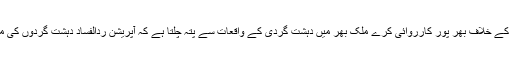
انہوں نے کہا کہ حکومت نیشنل ایکشن پلان پر عملدرآمد کو یقینی بناتے ہوئے کالعدم گروپوں کے خلاف بھر پور کارروائی کرے ملک بھر میں دہشت گردی کے واقعات سے پتہ چلتا ہے کہ آپریشن ردالفساد دہشت گردوں کی موت ہے جنہیں نیست و نابود کرنے کیلئے پوری قوم عساکر پاکستان کی پشت پر کھڑی ہے ۔